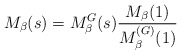
\begin{align*}M_{\beta}(s) = M^{G}_{\beta}(s)\frac{M_{\beta}(1)}{M^{(G)}_{\beta}(1)}\end{align*}